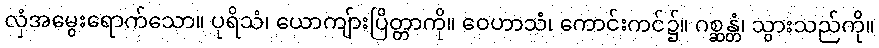
လှံအမွေးရောက်သော။ ပုရိသံ၊ ယောကျ်ားပြိတ္တာကို။ ဝေဟာသံ၊ ကောင်းကင်၌။ ဂစ္ဆန္တံ၊ သွားသည်ကို။